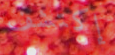
إكتشف